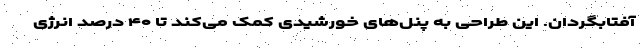
آفتابگردان. این طراحی به پنل‌های خورشیدی کمک می‌کند تا ۴۰ درصد انرژی